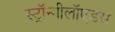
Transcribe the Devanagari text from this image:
स्ट्रॉन्गीलॉएडस